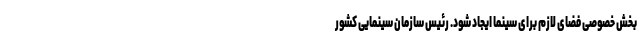
بخش خصوصی فضای لازم برای سینما ایجاد شود. رئیس سازمان سینمایی کشور